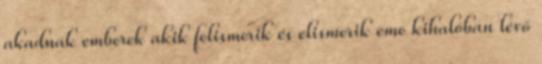
akadnak emberek akik felismerik és elismerik eme kihalóban lévő